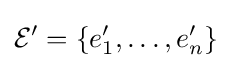
{\mathcal {E}}^{\prime }=\left\{e_{1}^{\prime },\ldots ,e_{n}^{\prime }\right\}